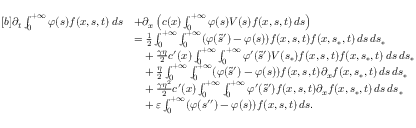
\begin{array} { r } { \begin{array} { r l } { [ b ] \partial _ { t } \int _ { 0 } ^ { + \infty } \varphi ( s ) f ( x , s , t ) \, d s } & { + \partial _ { x } \left( c ( x ) \int _ { 0 } ^ { + \infty } \varphi ( s ) V ( s ) f ( x , s , t ) \, d s \right) } \\ & { = \frac { 1 } { 2 } \int _ { 0 } ^ { + \infty } \int _ { 0 } ^ { + \infty } ( \varphi ( \tilde { s } ^ { \prime } ) - \varphi ( s ) ) f ( x , s , t ) f ( x , s _ { \ast } , t ) \, d s \, d s _ { \ast } } \\ & { \phantom { = } + \frac { \gamma \eta } { 2 } c ^ { \prime } ( x ) \int _ { 0 } ^ { + \infty } \int _ { 0 } ^ { + \infty } \varphi ^ { \prime } ( \tilde { s } ^ { \prime } ) V ( s _ { \ast } ) f ( x , s , t ) f ( x , s _ { \ast } , t ) \, d s \, d s _ { \ast } } \\ & { \phantom { = } + \frac { \eta } { 2 } \int _ { 0 } ^ { + \infty } \int _ { 0 } ^ { + \infty } ( \varphi ( \tilde { s } ^ { \prime } ) - \varphi ( s ) ) f ( x , s , t ) \partial _ { x } f ( x , s _ { \ast } , t ) \, d s \, d s _ { \ast } } \\ & { \phantom { = } + \frac { \gamma \eta ^ { 2 } } { 2 } c ^ { \prime } ( x ) \int _ { 0 } ^ { + \infty } \int _ { 0 } ^ { + \infty } \varphi ^ { \prime } ( \tilde { s } ^ { \prime } ) f ( x , s , t ) \partial _ { x } f ( x , s _ { \ast } , t ) \, d s \, d s _ { \ast } } \\ & { \phantom { = } + \varepsilon \int _ { 0 } ^ { + \infty } ( \varphi ( s ^ { \prime \prime } ) - \varphi ( s ) ) f ( x , s , t ) \, d s . } \end{array} } \end{array}